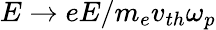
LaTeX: {E}\rightarrow eE/m_{e}v_{th}\omega_{p}